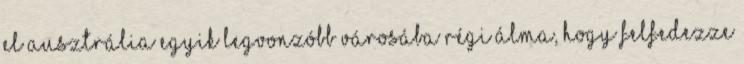
el Ausztrália egyik legvonzóbb városába Régi álma, hogy felfedezze